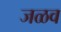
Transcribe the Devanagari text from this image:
जळव